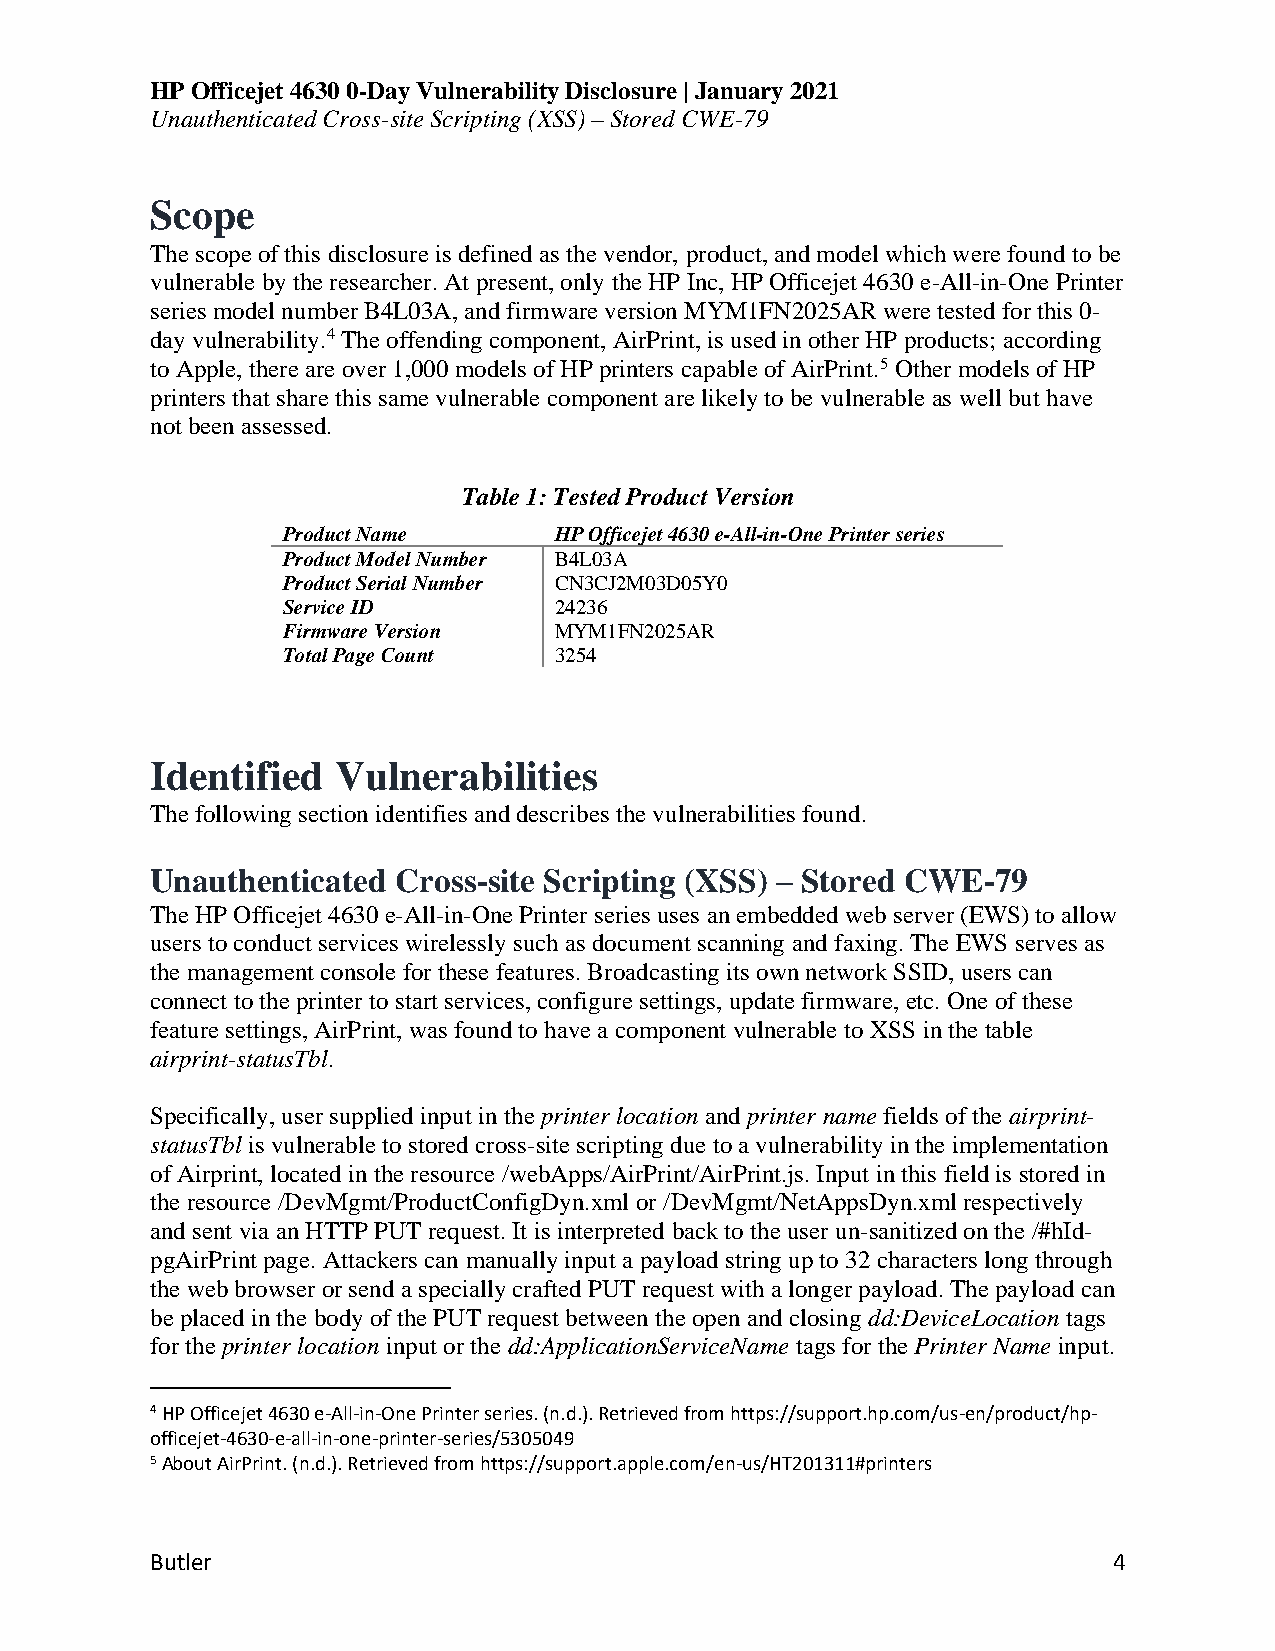
HP Officejet 4630 0-Day Vulnerability Disclosure | January 2021
 Unauthenticated Cross-site Scripting (XSS) – Stored CWE-79
 Scope
 The scope of this disclosure is defined as the vendor, product, and model which were found to be
 vulnerable by the researcher. At present, only the HP Inc, HP Officejet 4630 e-All-in-One Printer
 series model number B4L03A, and firmware version MYM1FN2025AR were tested for this 0-
 day vulnerability.4 The offending component, AirPrint, is used in other HP products; according
 to Apple, there are over 1,000 models of HP printers capable of AirPrint.5 Other models of HP
 printers that share this same vulnerable component are likely to be vulnerable as well but have
 not been assessed.
 Table 1: Tested Product Version
 Product Name      HP Officejet 4630 e-All-in-One Printer series
 Product Model Number B4L03A
 Product Serial Number CN3CJ2M03D05Y0
 Service ID        24236
 Firmware Version  MYM1FN2025AR
 Total Page Count  3254
 Identified  Vulnerabilities
 The following section identifies and describes the vulnerabilities found.
 Unauthenticated Cross-site Scripting (XSS) – Stored CWE-79
 The HP Officejet 4630 e-All-in-One Printer series uses an embedded web server (EWS) to allow
 users to conduct services wirelessly such as document scanning and faxing. The EWS serves as
 the management console for these features. Broadcasting its own network SSID, users can
 connect to the printer to start services, configure settings, update firmware, etc. One of these
 feature settings, AirPrint, was found to have a component vulnerable to XSS in the table
 airprint-statusTbl.
 Specifically, user supplied input in the printer location and printer name fields of the airprint-
 statusTbl is vulnerable to stored cross-site scripting due to a vulnerability in the implementation
 of Airprint, located in the resource /webApps/AirPrint/AirPrint.js. Input in this field is stored in
 the resource /DevMgmt/ProductConfigDyn.xml or /DevMgmt/NetAppsDyn.xml respectively
 and sent via an HTTP PUT request. It is interpreted back to the user un-sanitized on the /#hId-
 pgAirPrint page. Attackers can manually input a payload string up to 32 characters long through
 the web browser or send a specially crafted PUT request with a longer payload. The payload can
 be placed in the body of the PUT request between the open and closing dd:DeviceLocation tags
 for the printer location input or the dd:ApplicationServiceName tags for the Printer Name input.
 4 HP Officejet 4630 e-All-in-One Printer series. (n.d.). Retrieved from https://support.hp.com/us-en/product/hp-
 officejet-4630-e-all-in-one-printer-series/5305049
 5 About AirPrint. (n.d.). Retrieved from https://support.apple.com/en-us/HT201311#printers
 Butler                                                          4